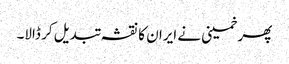
پھر خمینی نے ایران کا نقشہ تبدیل کر ڈالا۔